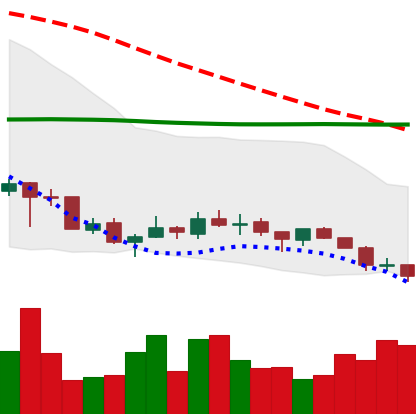
Ticker: TRX-USD
Chart end date: 2018-07-12
Forward return: 23.368%
Label: up_7plus